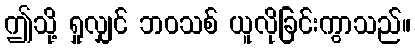
ဤသို့ ရှုလျှင် ဘဝသစ် ယူလိုခြင်းကွာသည်။